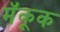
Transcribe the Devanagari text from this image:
मॅकूक